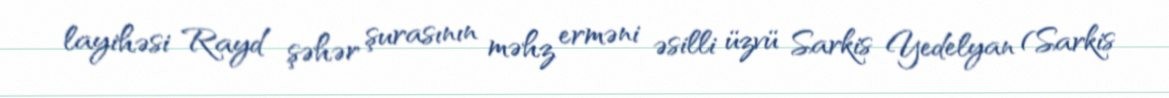
layihəsi Rayd şəhər şurasının məhz erməni əsilli üzvü Sarkis Yedelyan (Sarkis